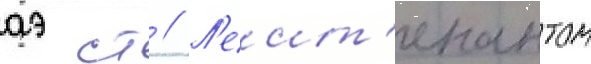
аэ ст // Л'еит'енантом